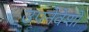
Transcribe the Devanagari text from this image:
उपनेवेशों